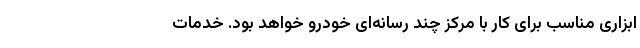
ابزاری مناسب برای کار با مرکز چند رسانه‌ای خودرو خواهد بود. خدمات